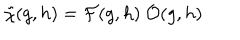
\tilde { \chi } ( g , h ) = { \cal F } ( g , h ) \ { \cal O } ( g , h )